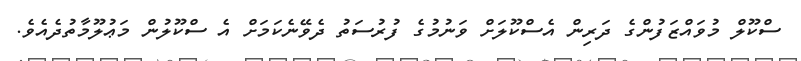
ސްކޫލް މުވައްޒަފުންގެ ދަރިން އެސްކޫލަށް ވަނުމުގެ ފުރުސަތު ދެވޭނެކަމަށް އެ ސްކޫލުން މަޢުލޫމާތުދެއެވެ.